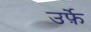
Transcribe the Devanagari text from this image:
उर्फ़े